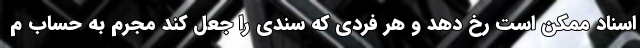
اسناد ممکن است رخ دهد و هر فردی که سندی را جعل کند مجرم به حساب م